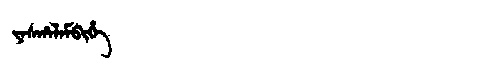
Manchu: ᠶᠠᠰᡥᠠᠯᠠᠮᠪᡳᡥᡝ
Romanization: YASHALAMBIHE